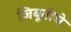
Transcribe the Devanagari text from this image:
जिबूतीचे